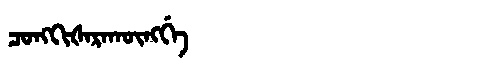
Manchu: ᠴᠣᠩᡴᡳᡧᠠᡵᠠᡴᡡᠩᡤᡝ
Romanization: CONGKIŠARAKŪNGGE